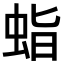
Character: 𧊙